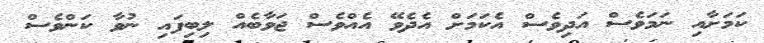
ކަމަށާއި ނަމަވެސް އަދިވެސް އެކަމަށް އެދެވޭ އެއްވެސް ޖަވާބެއް ލިބިފައި ނުވާ ކަންވެސް